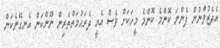
އެދެޒުވާނުން ފެންނަ ކޮންމެ ކޮންމެ މީހަކަށް ވެސް އެއީ ދެރަޙުމަތްތެރިން ނޫންކަން އެނގޭނެކަން